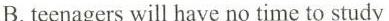
B.teenagerswill have no time to study